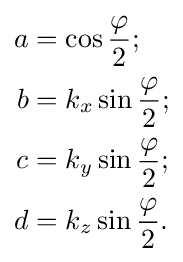
{\begin{aligned}a&=\cos {\frac {\varphi }{2}};\\b&=k_{x}\sin {\frac {\varphi }{2}};\\c&=k_{y}\sin {\frac {\varphi }{2}};\\d&=k_{z}\sin {\frac {\varphi }{2}}.\end{aligned}}